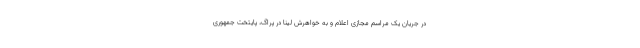
در جریان یک مراسم مجازی اعلام و به خواهرش لینا در پراگ، پایتخت جمهوری